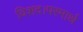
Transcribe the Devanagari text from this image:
विशद।परमार्थ